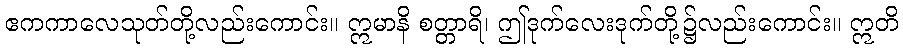
ဧကကာလေသုတ်တို့လည်းကောင်း။ ဣမာနိ စတ္တာရိ၊ ဤဒုက်လေးဒုက်တို့၌လည်းကောင်း။ ဣတိ